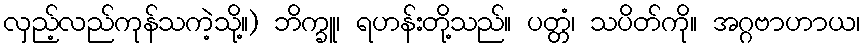
လှည့်လည်ကုန်သကဲ့သို့။) ဘိက္ခူ၊ ရဟန်းတို့သည်။ ပတ္တံ၊ သပိတ်ကို။ အဂ္ဂဗာဟာယ၊